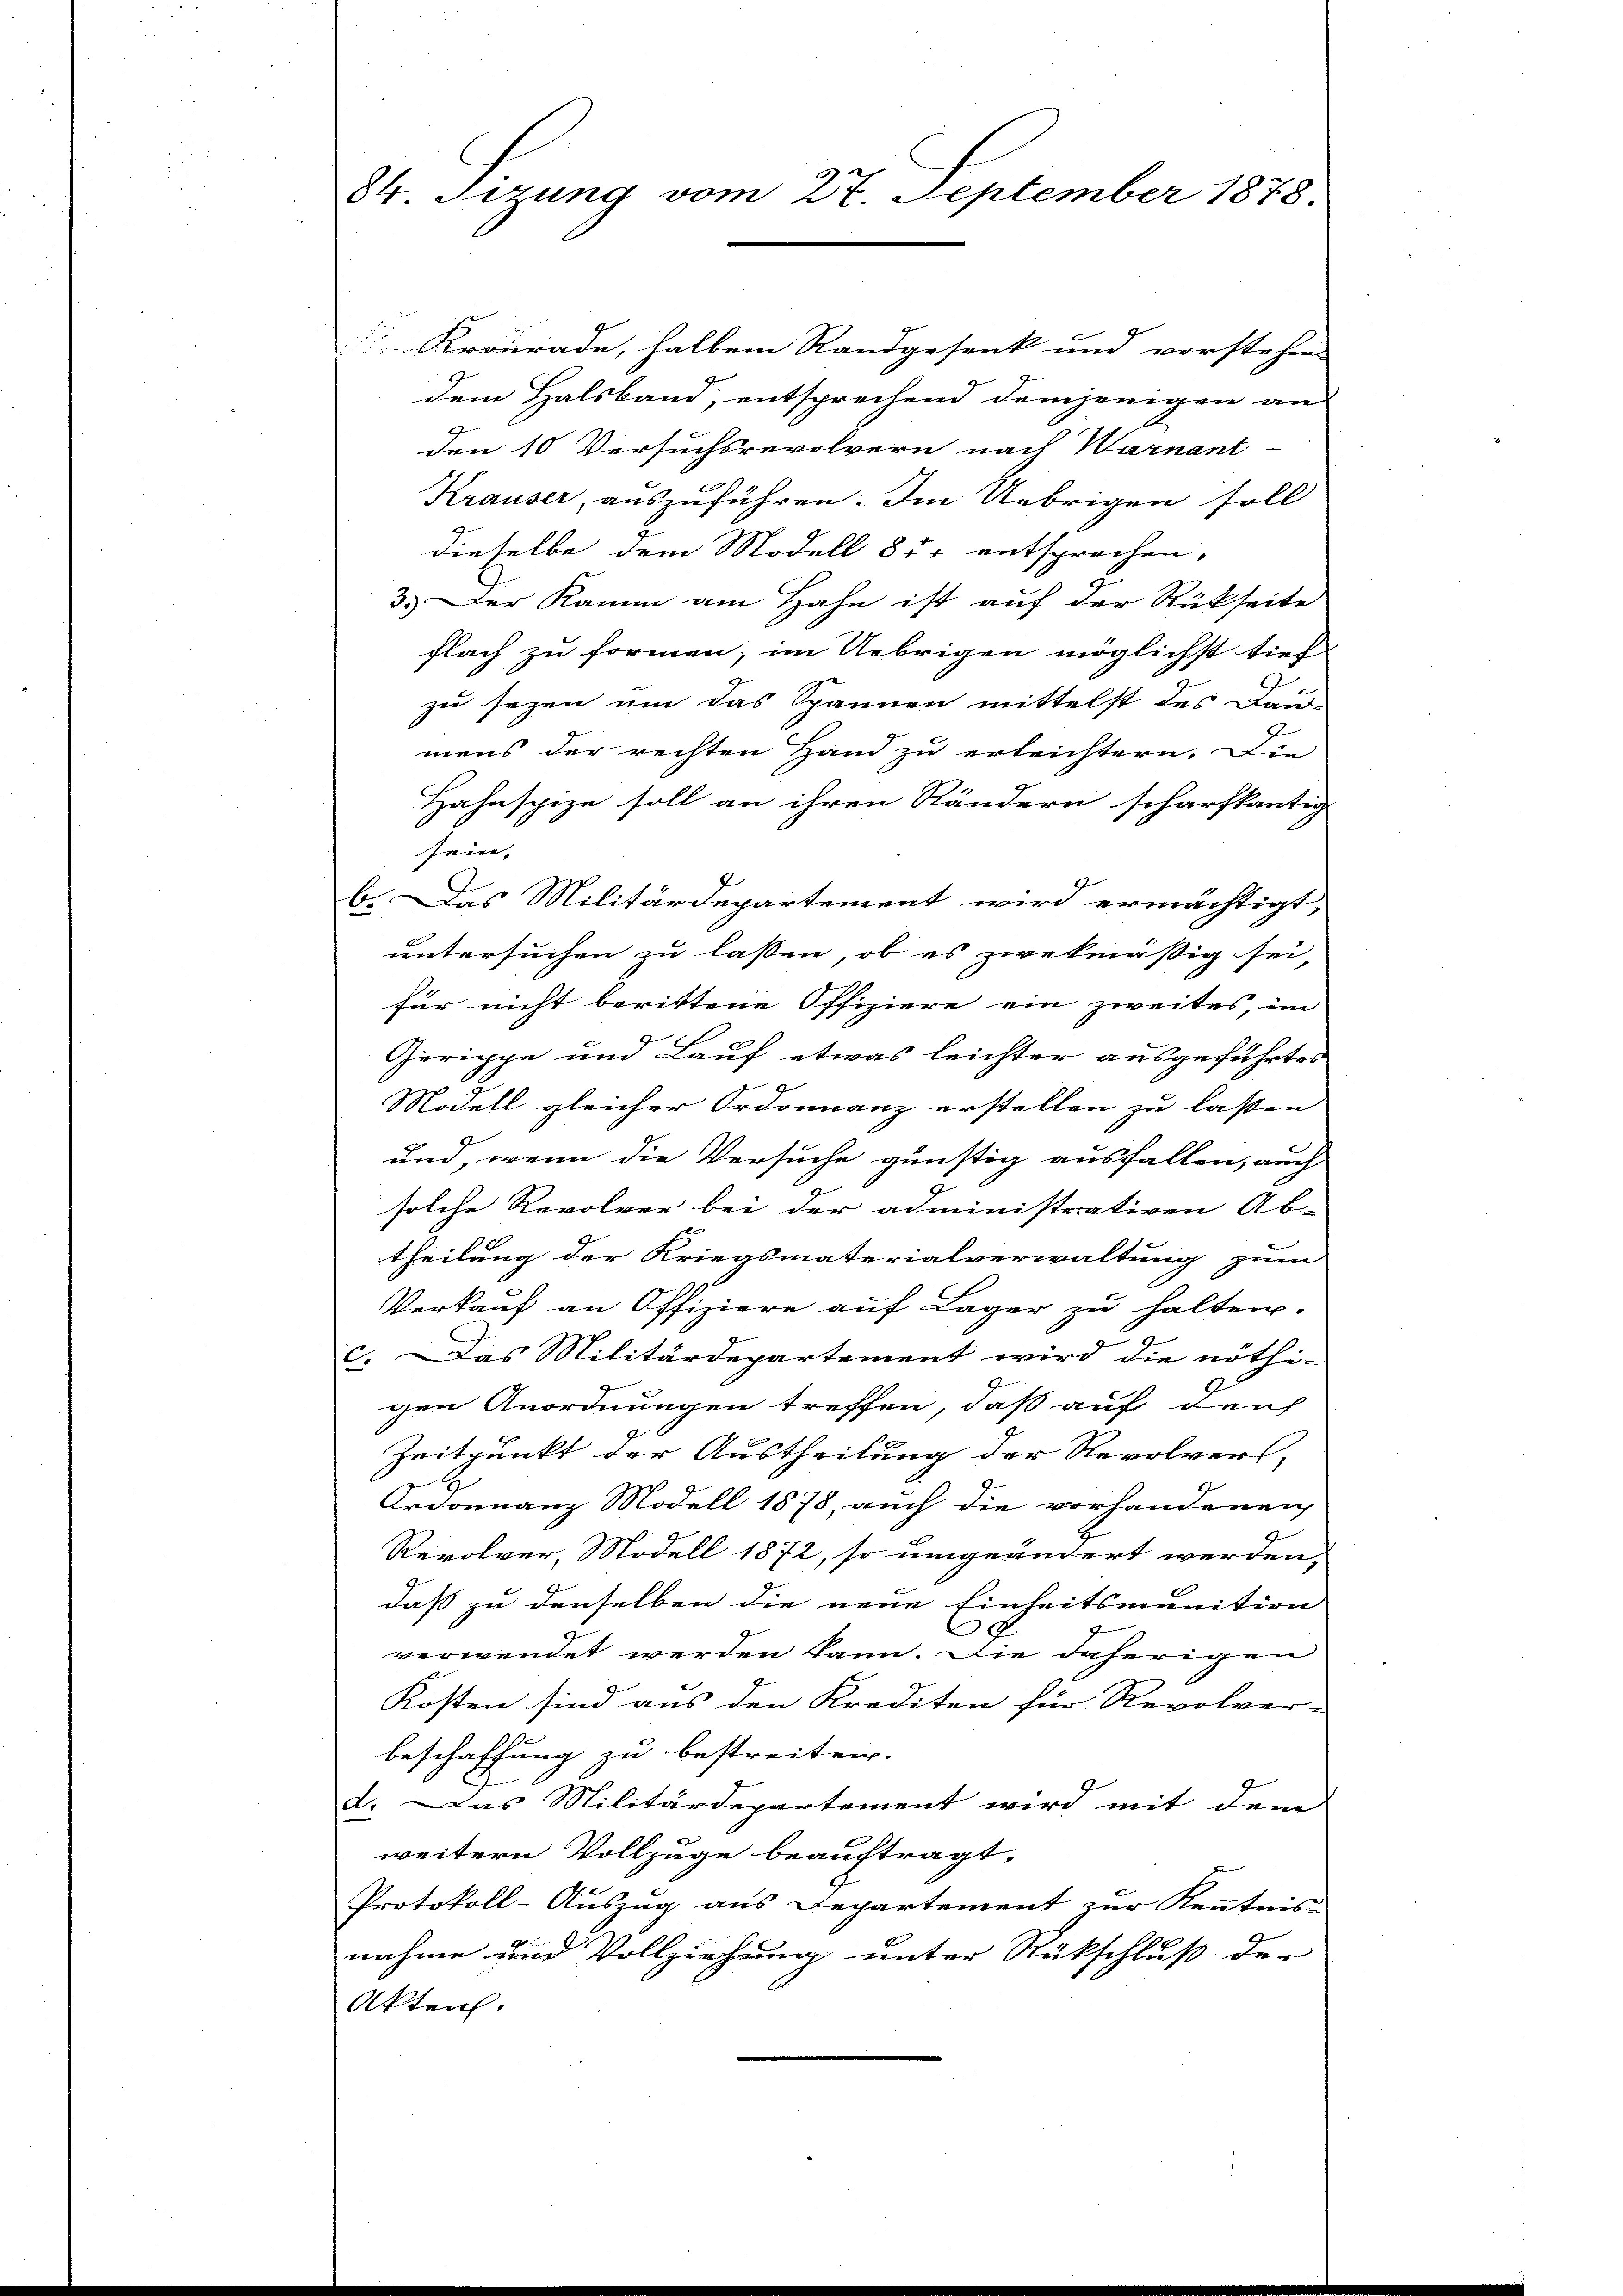
Krourade, halbem Randgesenk und vorstehen
dem Halsband, entsprechend demjenigen an
den 10 Versuchsrevolvern nach Warnant
Krauser, auszuführen. Im Uebrigen soll
dieselbe dem Modell 857 entsprechen,
3.) Der Kamm am Hahn ist auf der Rückseite
flach zu formen; im Uebrigen möglichst tief
zu sezen um das Spannen mittelst der Dau
mens der rechten Hand zu erleichtern. Die
Hahnspize soll an ihren Rändern scharfkautig
frie- |
b. Das Militärdepartement wird ermächtigt,
untersuchen zu lassen, ob es zwekmäßig sei,
für nicht berittene Offiziere ein zweites, im
Zerippe und Lauf etwas leichter ausgeführtes
Modell gleicher Ordonnanz erstellen zu laßen
und, wenn die Versuche günstig ausfallen, auch
solche Revolver bei der administrativen Ab-
theilung der Kriegsmaterialverwaltung zum
Verkauf an Offiziere auf Lager zu halten.
2
c. Das Militärdepartement wird die nöthi-
gen Anordnungen treffen, daß auf den
Zeitpunkt der Austheilung der Revolvers,
Ordonnanz Modell 1878, auch die vorhandenen
Revolver, Modell 1872, so umgeändert werden,
daß zu denselben die neue Einheitsmunition
.
verwendet werden kann. Die daherigen
Kosten sind aus den Krediten für Revolver-
beschaffung zu bestreiten.
d. Das Militärdepartement wird mit dem
weitern Vollzuge beauftragt.
Protokoll-Auszug aus Departement zur Kenntnis
nahme und Vollziehung unter Rückschluß der
Akten.

84. Sizung vom 27. September 1878.